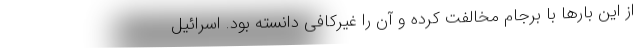
از این بارها با برجام مخالفت کرده و آن را غیرکافی دانسته بود. اسرائیل